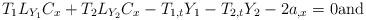
LaTeX: \begin{align*}T_{1}L_{Y_{1}}C_{x}+T_{2}L_{Y_{2}}C_{x}-T_{1,t}Y_{1}-T_{2,t}Y_{2}-2a_{,x}=0\mbox{\rm and} \end{align*}